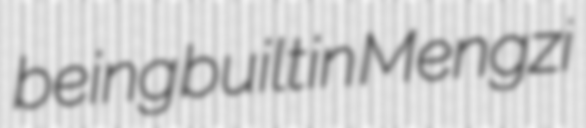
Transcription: being built in Mengzi